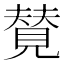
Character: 𫌡